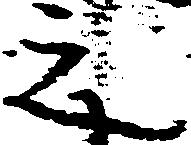
之